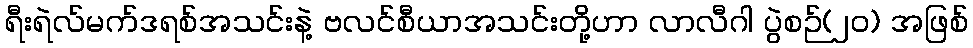
ရီးရဲလ်မက်ဒရစ်အသင်းနဲ့ ဗလင်စီယာအသင်းတို့ဟာ လာလီဂါ ပွဲစဉ်(၂၀) အဖြစ်